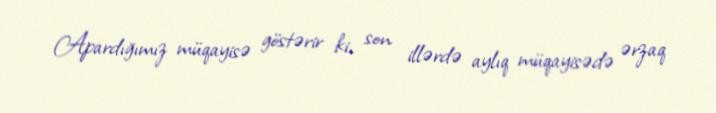
Apardığımız müqayisə göstərir ki, son illərdə aylıq müqayisədə ərzaq